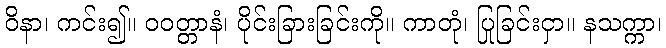
ဝိနာ၊ ကင်း၍။ ဝဝတ္တာနံ၊ ပိုင်းခြားခြင်းကို။ ကာတုံ၊ ပြုခြင်းငှာ။ နသက္ကာ၊